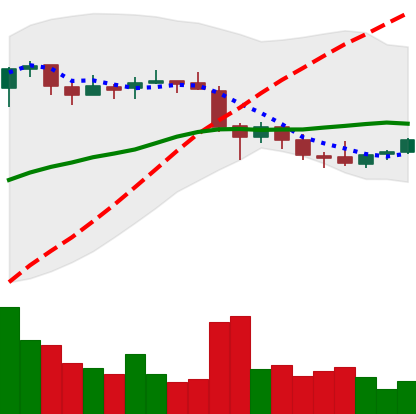
Ticker: EOS-USD
Chart end date: 2018-05-20
Forward return: -12.273%
Label: down_7plus